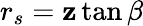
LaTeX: r_{s}=\mathbf{z}\tan\beta